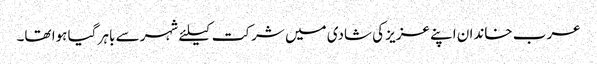
عرب خاندان اپنے عزیز کی شادی میں شرکت کیلئے شہر سے باہر گیا ہوا تھا۔